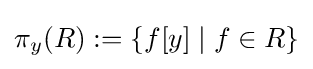
\pi _{y}(R):=\{f[y]\mid f\in R\}